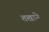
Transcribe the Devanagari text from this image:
तखाने